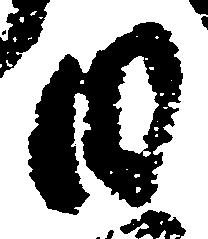
日